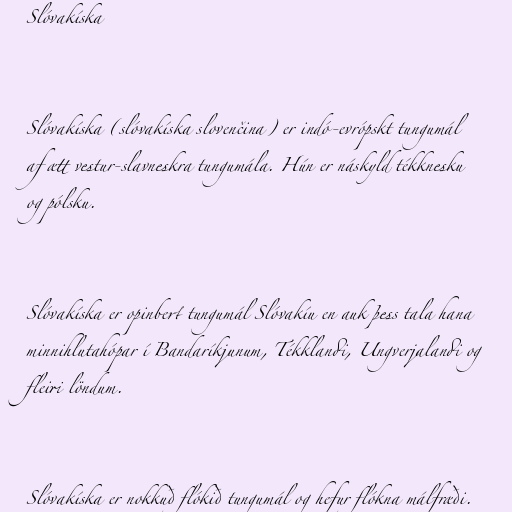
Slóvakíska

Slóvakíska (slóvakíska slovenčina) er indó-evrópskt tungumál
af ætt vestur-slavneskra tungumála. Hún er náskyld tékknesku
og pólsku.

Slóvakíska er opinbert tungumál Slóvakíu en auk þess tala hana
minnihlutahópar í Bandaríkjunum, Tékklandi, Ungverjalandi og
fleiri löndum.

Slóvakíska er nokkuð flókið tungumál og hefur flókna málfræði.